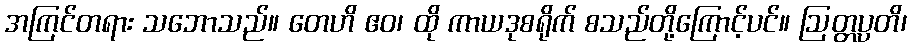
အကြင်တရား သဘောသည်။ တေဟိ ဧဝ၊ ထို ကာယဒုစရိုက် စသည်တို့ကြောင့်ပင်။ ဩတ္တပ္ပတိ၊